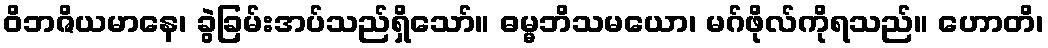
ဝိဘဇိယမာနေ၊ ခွဲခြမ်းအပ်သည်ရှိသော်။ ဓမ္မဘိသမယော၊ မဂ်ဖိုလ်ကိုရသည်။ ဟောတိ၊